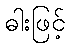
ဓါးဖြင့်